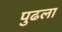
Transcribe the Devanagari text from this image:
पुढला